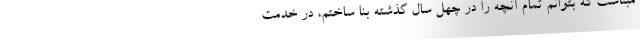
مبناست که بتوانم تمام آنچه را در چهل سال گذشته بنا ساختم، در خدمت